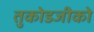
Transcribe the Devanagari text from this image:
तुकोडजीको